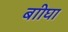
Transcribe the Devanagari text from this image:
बाीघा